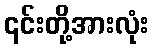
၎င်းတို့အားလုံး